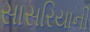
સાસરિયાની